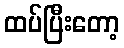
ထပ်ပြီးတော့